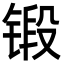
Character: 锻